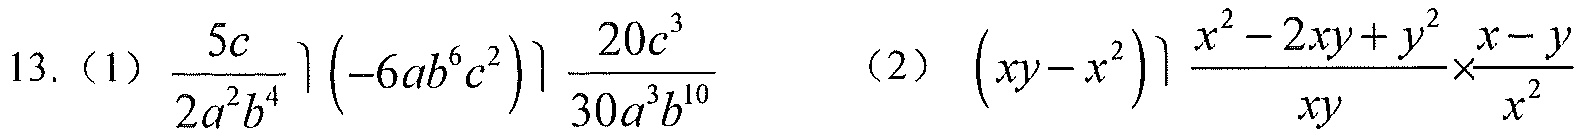
13.（1）\(\frac{5c}{2a^{2}b^{4}}\left(-6ab^{6}c^{2}\right)\frac{20c^{3}}{30a^{3}b^{10}}\)  （2）\((xy - x^{2})\frac{x^{2}-2xy + y^{2}}{xy}\times\frac{x - y}{x^{2}}\)